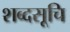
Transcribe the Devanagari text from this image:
शब्दसूचि